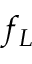
f _ { L }